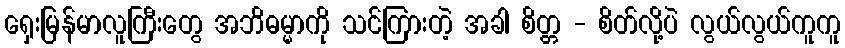
ရှေးမြန်မာလူကြီးတွေ အဘိဓမ္မာကို သင်ကြားတဲ့ အခါ စိတ္တ - စိတ်လို့ပဲ လွယ်လွယ်ကူကူ